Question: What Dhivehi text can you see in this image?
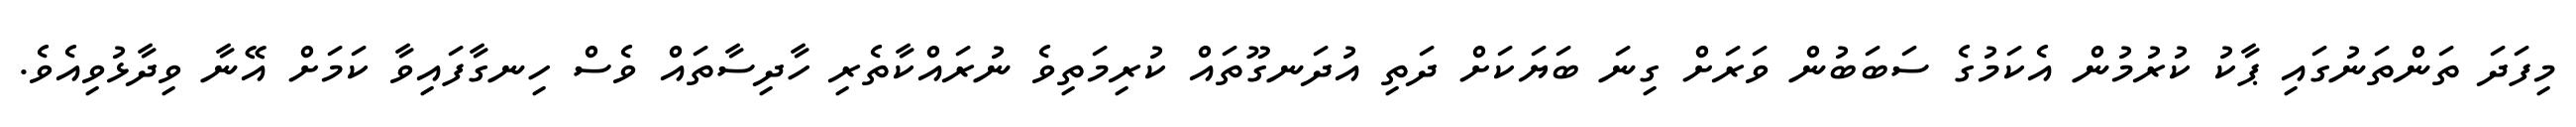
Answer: މިފަދަ ތަންތަނުގައި ޕާކު ކުރުމުން އެކަމުގެ ސަބަބުން ވަރަށް ގިނަ ބަޔަކަށް ދަތި އުދަނގޫތައް ކުރިމަތިވެ ނުރައްކާތެރި ހާދިސާތައް ވެސް ހިނގާފައިވާ ކަމަށް އޭނާ ވިދާޅުވިއެވެ.